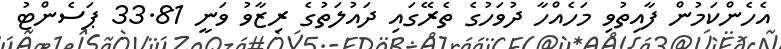
އެހެންކަމުން ފާއިތުވި މަހެއްހާ ދުވަހުގެ ތެރޭގައި ދައުލަތުގެ ރިޒާވު ވަނީ 33.81 ޕަސެންޓު